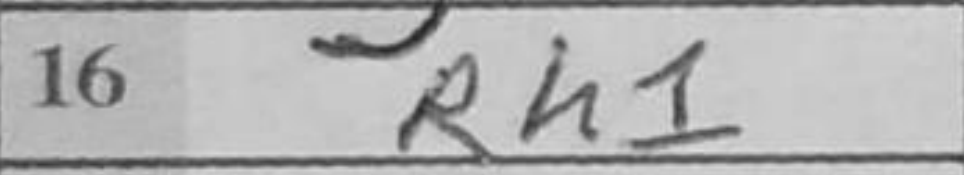
Transcription: Rh1